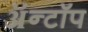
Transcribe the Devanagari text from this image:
ॲन्टॉप